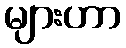
များဟာ